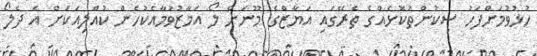
ހުޅުވުމަށްފަހު ސިކުންތުކޮޅެއްގެ ތެރޭގައި އަޔާޒްގެ މޫނަށް ލޯ އަމާޒުވުމާއެކުހެން ކުއްލިއަކަށް އެ ދެލޯ